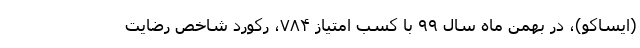
(ایساکو)، در بهمن ماه سال ۹۹ با کسب امتیاز ۷۸۴، رکورد شاخص رضایت